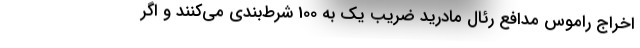
اخراج راموس مدافع رئال مادرید ضریب یک به 100 شرط‌بندی می‌کنند و اگر